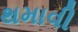
થમાવી